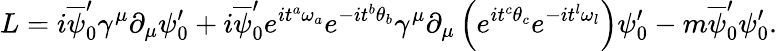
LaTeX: L=i\overline{{{\psi}}}_{0}^{\prime}{\gamma}^{\mu}{\partial}_{\mu}{\psi}_{0}^{\prime}+i\overline{{{\psi}}}_{0}^{\prime}e^{i{t}^{a}{\omega}_{a}}e^{-i{t}^{b}{\theta}_{b}}{\gamma}^{\mu}\partial_{\mu}\left(e^{i{t}^{c}{\theta}_{c}}e^{-i{t}^{l}{\omega}_{l}}\right){\psi}_{0}^{\prime}-m\overline{{{\psi}}}_{0}^{\prime}{\psi}_{0}^{\prime}.